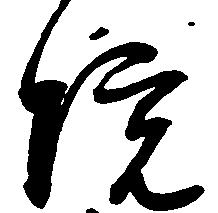
院